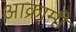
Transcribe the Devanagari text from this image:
आक्रामी